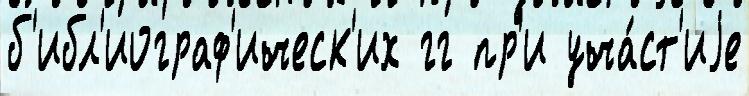
б'ибл'иограф'ическ'их гг пр'и уча́ст'иjе